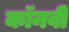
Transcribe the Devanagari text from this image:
कॉनवी